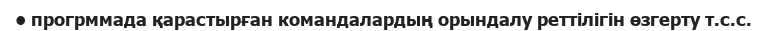
• прогрммада қарастырған командалардың орындалу реттілігін өзгерту т.с.с.